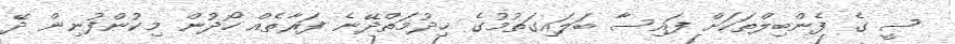
ސީ ގެ ފެންބިލްތަކަށް ފައިސާ ބަލައިގަތުމުގެ ޚިދުމަތްދޭނެ ފަރާތެއް ހޯދުން މިކުންފުނިން ދޭ